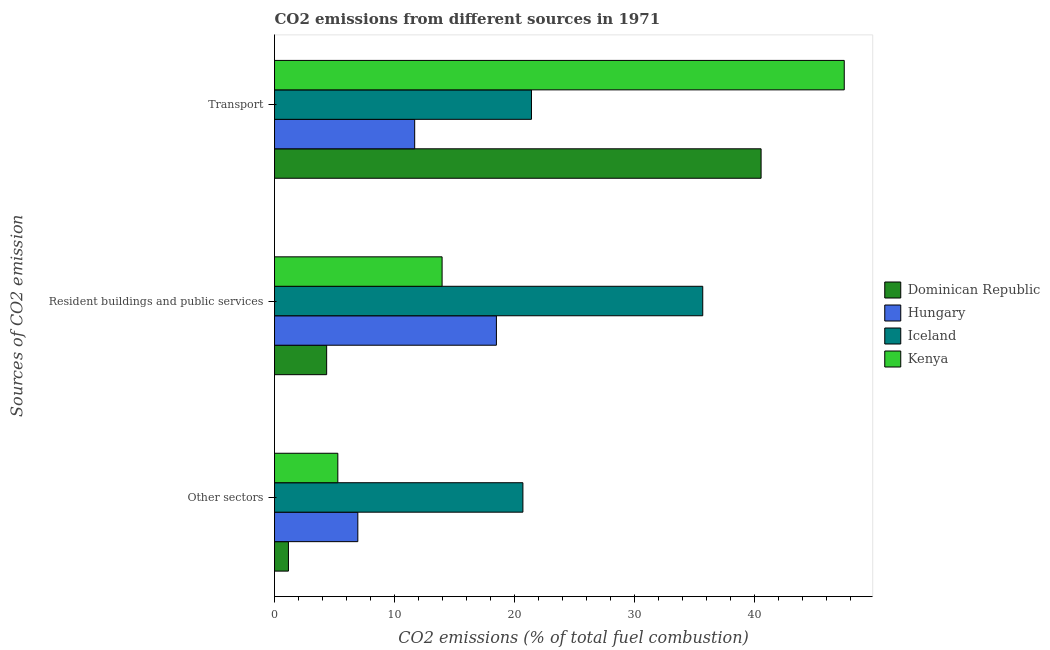
| Sources of CO2 emission | Dominican Republic | Hungary | Iceland | Kenya |
 | --- | --- | --- | --- | --- |
 | Other sectors | 1.16 | 6.95 | 20.7 | 5.28 |
 | Resident buildings and public services | 4.35 | 18.5 | 35.7 | 14 |
 | Transport | 40.6 | 11.7 | 21.4 | 47.5 |